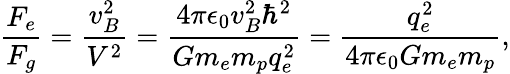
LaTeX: \frac{F_{e}}{F_{g}}=\frac{v_{B}^{2}}{V^{2}}=\frac{4\pi\epsilon_{0}v_{B}^{2}\hbar^{2}}{Gm_{e}m_{p}q_{e}^{2}}=\frac{q_{e}^{2}}{4\pi\epsilon_{0}Gm_{e}m_{p}},